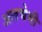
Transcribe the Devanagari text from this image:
अलचेमी